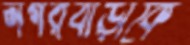
নগরবাড়ীকে